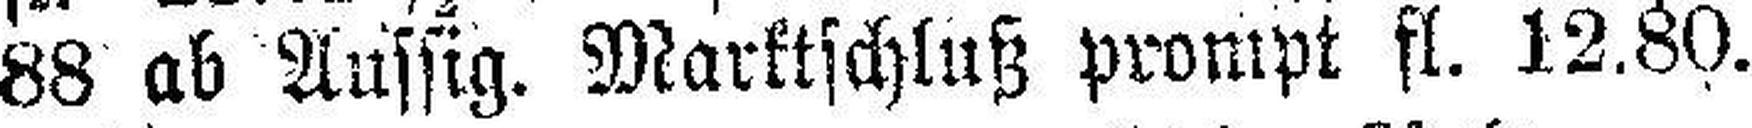
88 ab Aussig. Marktschluß prompt fl. 12.80.